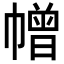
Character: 𢅋